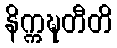
နိက္ကဍ္ဎတီတိ